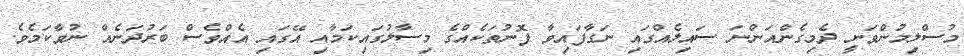
މުސްލިމުންވަނީ ދެމިގެންއަންނަ ސައިލެއްގައި ނަގާފައިވާ ފޮނުތަކެއްގެ މިސާލުގައިކަމާއި އޭގައި އެއްވެސް ބަރުދަނެއް ނުވާކަމެވެ.